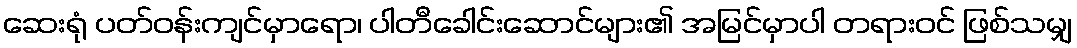
ဆေးရုံ ပတ်ဝန်းကျင်မှာရော၊ ပါတီခေါင်းဆောင်များ၏ အမြင်မှာပါ တရားဝင် ဖြစ်သမျှ